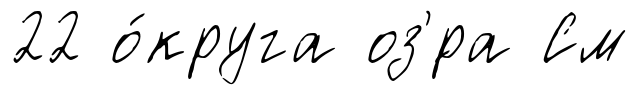
22 о́круга оз'́ра См